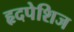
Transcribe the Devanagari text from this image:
हृदपेशिज